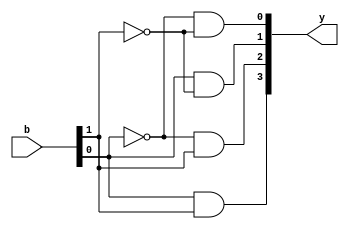
`timescale 1ns / 1ps

module decoder_2to4(
    output [3:0] y,
    input[1:0] b
    );
    
    assign y[0]= (~b[0]) & (~b[1]);
    assign y[1]= (b[0]) & (~b[1]);
    assign y[2]= (~b[0]) & (b[1]);
    assign y[3]= (b[0]) & (b[1]);
endmodule